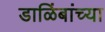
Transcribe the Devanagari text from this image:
डाळिंबांच्या